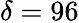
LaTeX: \delta=96